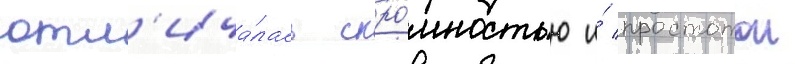
отл'ича́лась скро́мностью и́ простотои